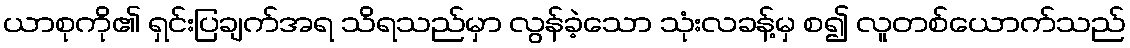
ယာစုကို၏ ရှင်းပြချက်အရ သိရသည်မှာ လွန်ခဲ့သော သုံးလခန့်မှ စ၍ လူတစ်ယောက်သည်